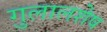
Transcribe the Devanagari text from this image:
गुलालशेष